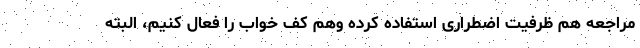
مراجعه هم ظرفیت اضطراری استفاده کرده وهم کف خواب را فعال کنیم، البته